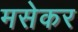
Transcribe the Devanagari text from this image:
मसेकर